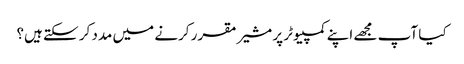
کیا آپ مجھے اپنے کمپیوٹر پر مشیر مقرر کرنے میں مدد کر سکتے ہیں؟